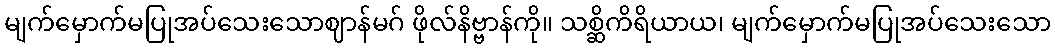
မျက်မှောက်မပြုအပ်သေးသောဈာန်မဂ် ဖိုလ်နိဗ္ဗာန်ကို။ သစ္ဆိကိရိယာယ၊ မျက်မှောက်မပြုအပ်သေးသော